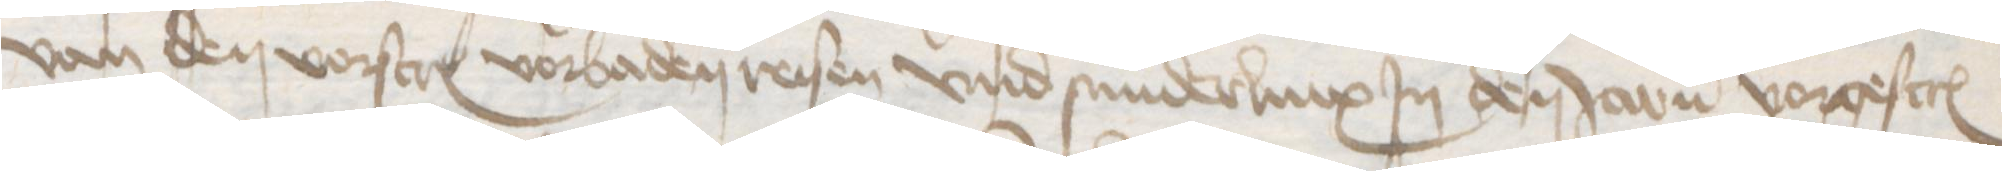
van den vorscreuen vorbaden reisen vnd sunderlinx Jn den Jaren vorgescreuen